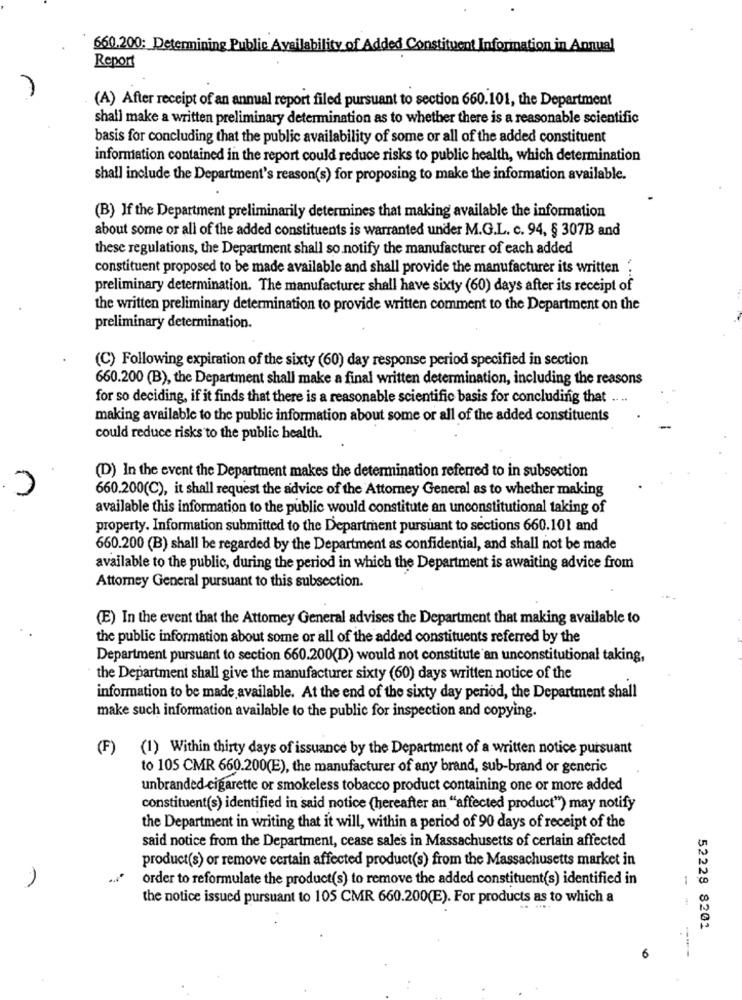
660.200: Determining Public Availability of Added Constituent Information in Annual
Report
(A) After receipt of an annual report filed pursuant to section 660.101, the Department
shall make a written preliminary determination as to whether there is a reasonable scientific
basis for concluding that the public availability of some or all of the added constituent
information contained in the report could reduce risks to public health, which determination
shall include the Department's reason(s) for proposing to make the information available.
(B) If the Department preliminarily determines that making available the information
about some or all of the added constituents is warranted under M.G.L. c. 94, § 307B and
these regulations, the Department shall so notify the manufacturer of each added
constituent proposed to be made available and shall provide the manufacturer its written :
preliminary determination. The manufacturer shall have sixty (60) days after its receipt of
the written preliminary determination to provide written comment to the Department on the
preliminary determination.
(C) Following expiration of the sixty (60) day response period specified in section
660.200 (B), the Department shall make a final written determination, including the reasons
for so deciding, if it finds that there is a reasonable scientific basis for concluding that
making available to the public information about some or all of the added constituents
could reduce risks to the public health.
(D) In the event the Department makes the determination referred to in subsection
660.200(C), it shall request the advice of the Attorney General as to whether making
available this information to the public would constitute an unconstitutional taking of
property. Information submitted to the Department pursuant to sections 660.101 and
660.200 (B) shall be regarded by the Department as confidential, and shall not be made
available to the public, during the period in which the Department is awaiting advice from
Attorney General pursuant to this subsection.
(E) In the event that the Attorney General advises the Department that making available to
the public information about some or all of the added constituents referred by the
Department pursuant to section 660.200(D) would not constitute an unconstitutional taking,
the Department shall give the manufacturer sixty (60) days written notice of the
information to be made available. At the end of the sixty day period, the Department shall
make such information available to the public for inspection and copying.
(F)
(1) Within thirty days of issuance by the Department of a written notice pursuant
to 105 CMR 660.200(E), the manufacturer of any brand, sub-brand or generic
unbranded cigarette or smokeless tobacco product containing one or more added
constituent(s) identified in said notice (hereafter an "affected product"") may notify
the Department in writing that it will, within a period of 90 days of receipt of the
said notice from the Department, cease sales in Massachusetts of certain affected
product(s) or remove certain affected product(s) from the Massachusetts market in
order to reformulate the product(s) to remove the added constituent(s) identified in
1
the notice issued pursuant to 105 CMR 660.200(E). For products as to which a
52228 8201